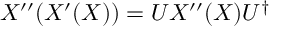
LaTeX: X ^ { \prime \prime } ( X ^ { \prime } ( X ) ) = U X ^ { \prime \prime } ( X ) U ^ { \dagger }